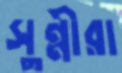
সুন্নীরা